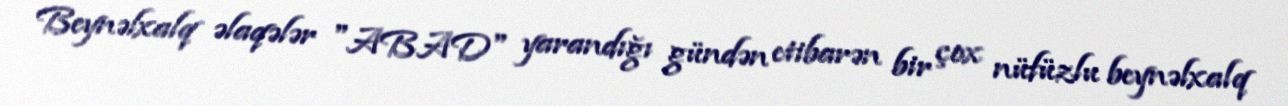
Beynəlxalq əlaqələr "ABAD" yarandığı gündən etibarən bir çox nüfüzlu beynəlxalq